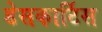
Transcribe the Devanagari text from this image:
डेसकार्टिस